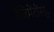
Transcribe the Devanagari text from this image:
रेजिमेंटींसह